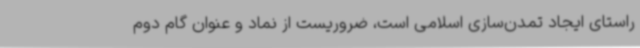
راستای ایجاد تمدن‌سازی اسلامی است، ضروریست از نماد و عنوان گام دوم